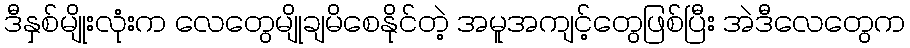
ဒီနှစ်မျိုးလုံးက လေတွေမျိုချမိစေနိုင်တဲ့ အမူအကျင့်တွေဖြစ်ပြီး အဲဒီလေတွေက